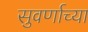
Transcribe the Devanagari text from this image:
सुवर्णाच्या